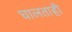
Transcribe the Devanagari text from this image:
घालताही